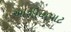
આશીયાપાટ